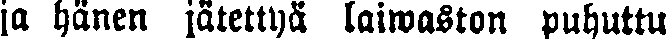
ja hänen jätettyä laiwaston puhuttu